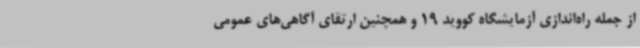
از جمله راه‌اندازی آزمایشگاه کووید 19 و همچنین ارتقای آگاهی‌های عمومی